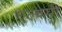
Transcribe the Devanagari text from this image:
एल्क्सी